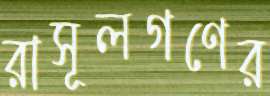
রাসূলগণের